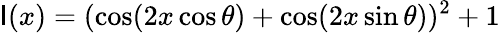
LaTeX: \mathsf{I}(x)=(\cos(2x\cos\theta)+\cos(2x\sin\theta))^{2}+1